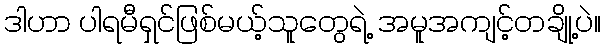
ဒါဟာ ပါရမီရှင်ဖြစ်မယ့်သူတွေရဲ့ အမူအကျင့်တချို့ပဲ။